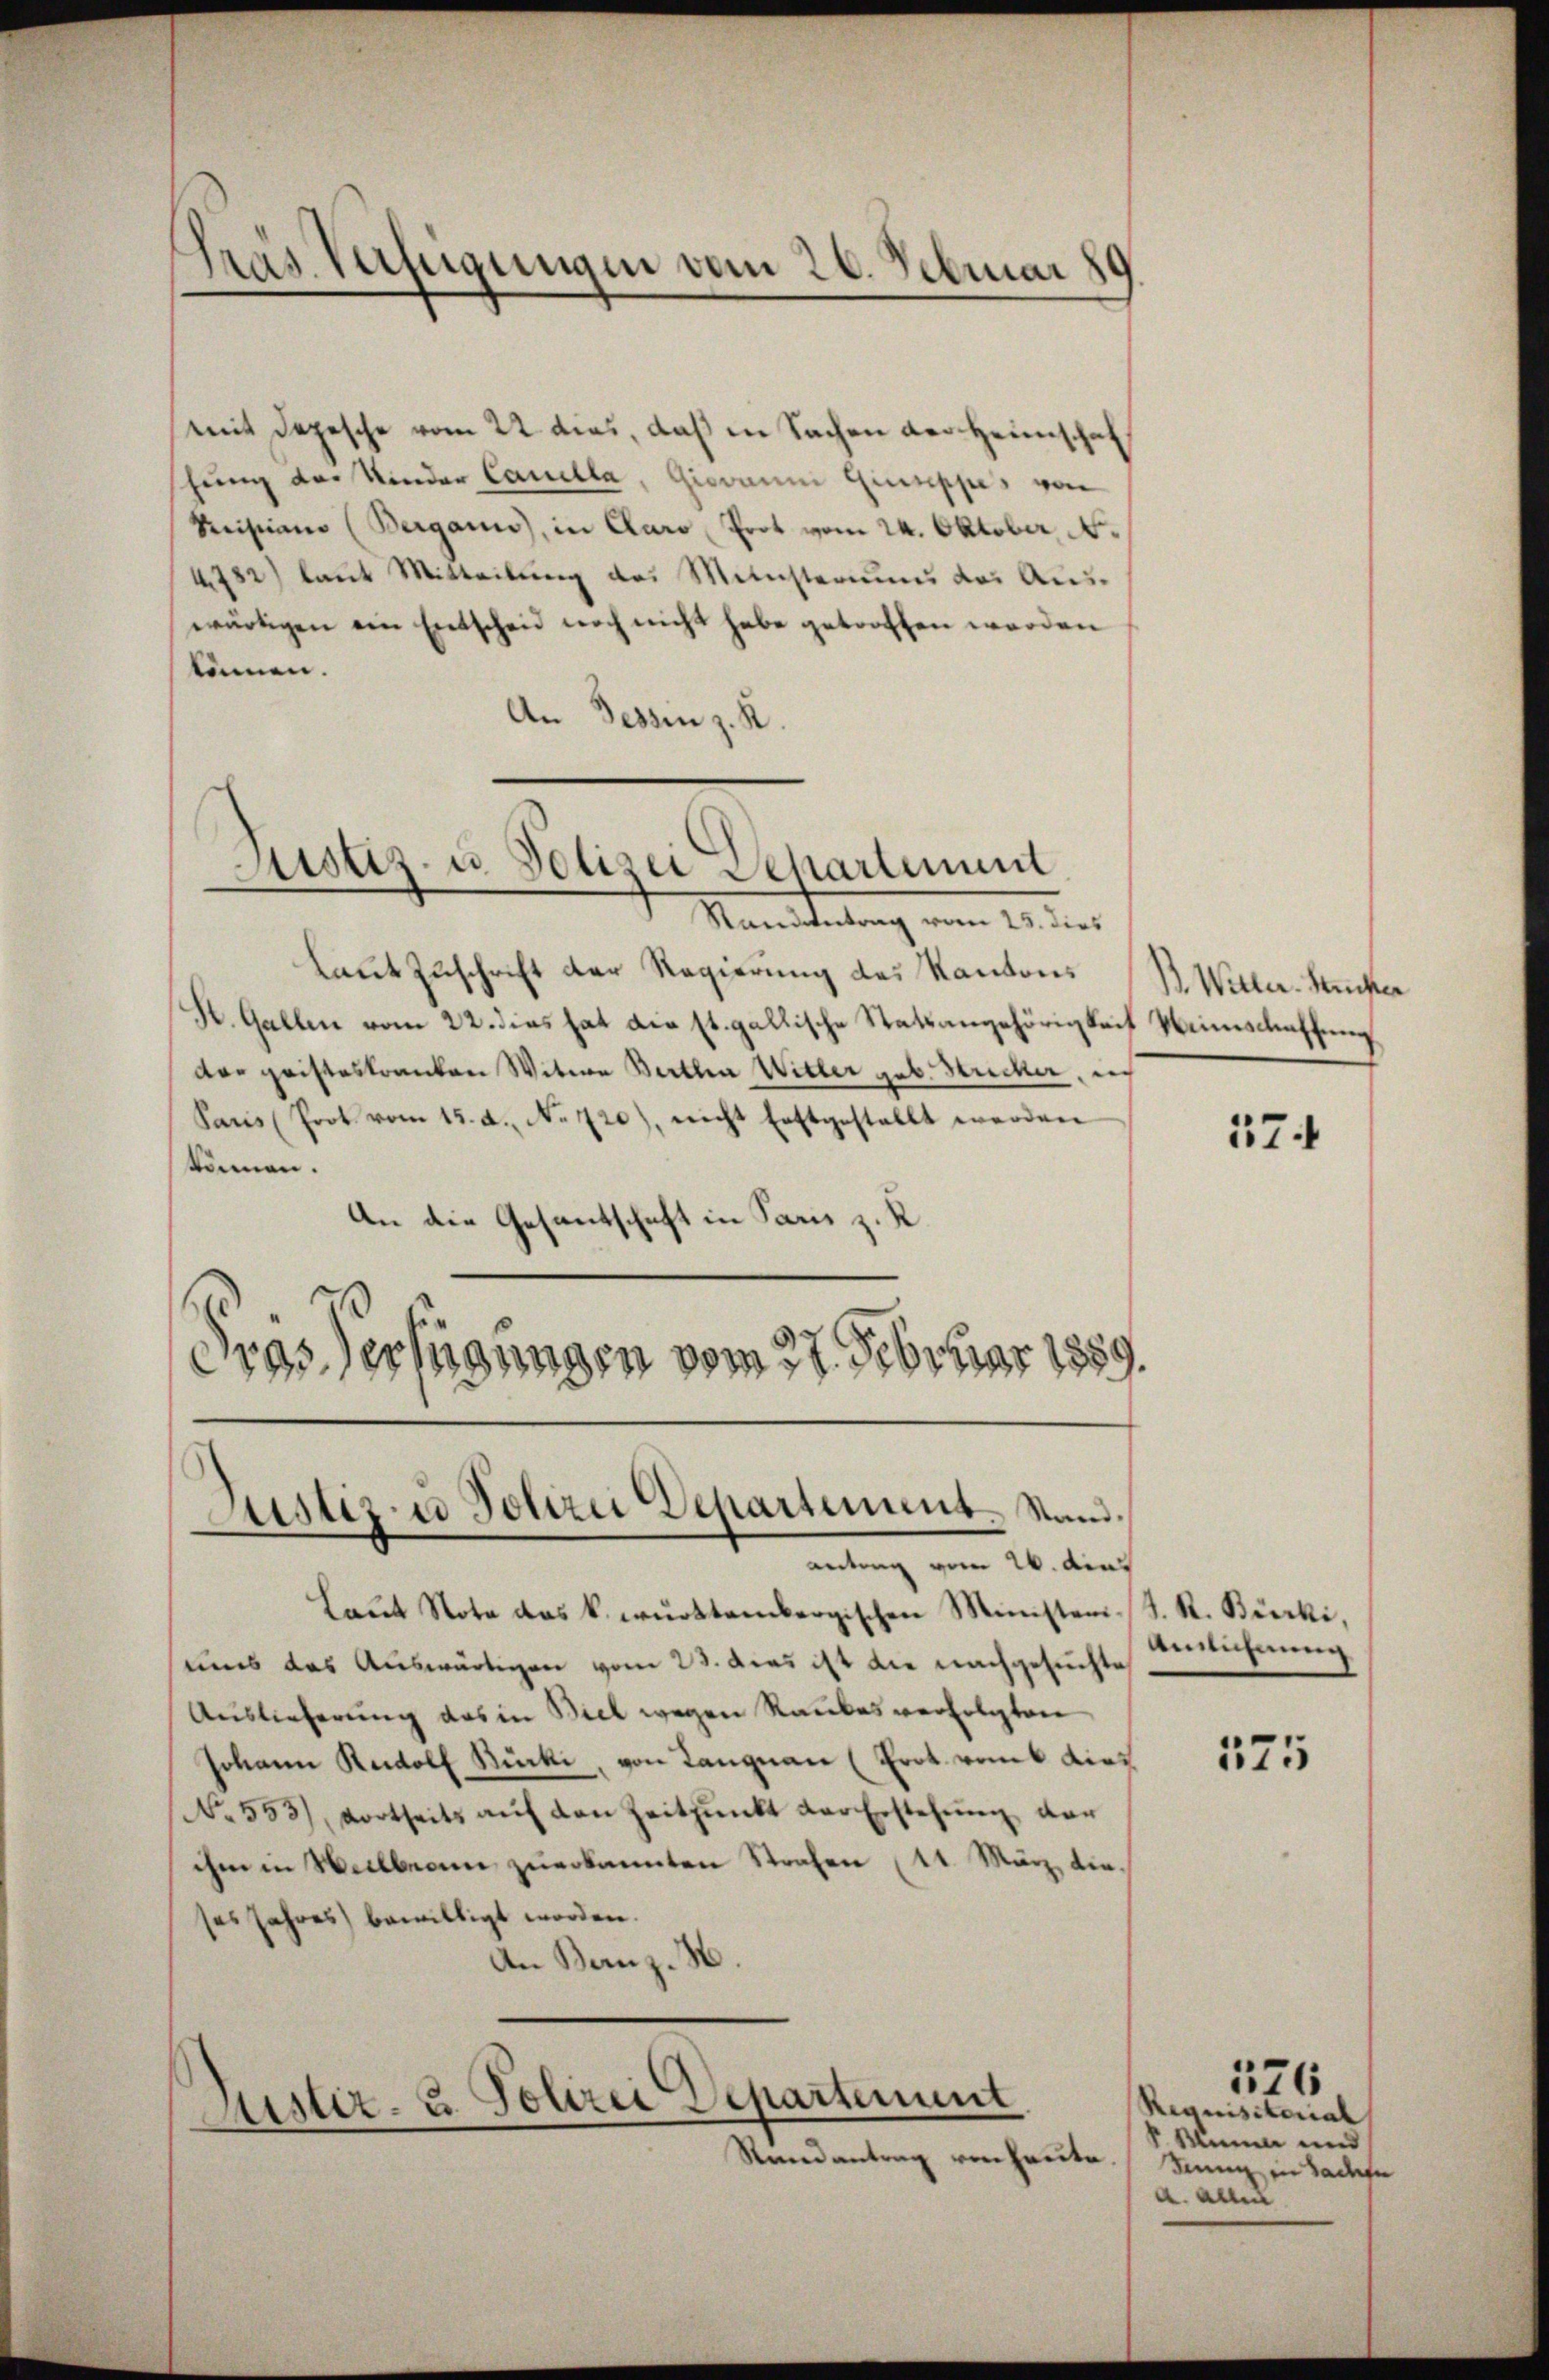
Tras Verfügungen vom 26. Februar 189

mit Depesche vom 22 dies, daß in Sachen der Heimschaf
hung der Kinder Cauella, Giovanni Quisppis von
Sistiano (Bergann, in Claro Prot vom 24. Oktober N.
4782) laut Mitteilung des Ministeriums des Auswärtigen ein Entscheid noch nicht habe getroffen werden
können.
An Dessen z. K

Justiz- u Polizei Departement

Justiz- u Polizei Departement. Stand.

Randantrag vom 25. dies
laut Zuschrift der Regierung des Kantons
K. Gallen vom 22. dies hat die st. gallische Statsangehörigkeit Neinschaffung
dar geisteskranken Witwe Bertha Witter geb. Stricker, in
Paris (Prot. vom 15. d. No 720), nicht Erstgestellt werden
können.
An die Gesantschaft in Paris z. K
Pras Verfügungen vom 27. Februar 1889.

Aisler- u. Polizei Departement

Randantrag von heute. Denn in Sachen

antrag vom 26. dies
Laŭt Note das k. württembergischen Ministeri-
uns das Auswärtigen vom 23. das ist die nachgesuchte
Auslieferung das in Biel wegen Raubes verfolgten
Johann Rudolf Bücki, von Langnau (Erot vom 6 dies
No 553), dortseits aŭf den Zeitpunkt der Erstehŭng ver
ihm in Weilbeam zŭerkannten Strafen (11. März, die-
ses Jahres bewilligt worden.
An Banz. H.

B. Witter. Semester

174

4. R. Bicki,
Ansichnung

175

Requisitorial
1 Mann und
a. Allei

176